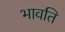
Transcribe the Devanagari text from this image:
भावति